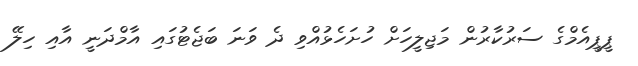
ޕީޕީއެމްގެ ސަރުކާރުން މަޖިލީހަށް ހުށަހެޅުއްވި ދެ ވަނަ ބަޖެޓުގައި އާމްދަނީ އާއި ހިލޭ